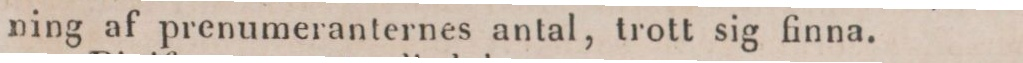
ning af prenumeranternes antal, trott sig finna.